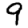
Digit: 9